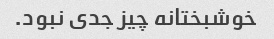
خوشبختانه چیز جدی نبود.